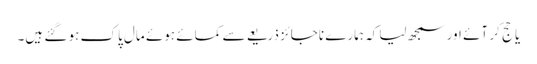
یا حج کر آئے اور سمجھ لیا کہ ہمارے ناجائز ذریعے سے کمائے ہوئے مال پاک ہو گئے ہیں۔